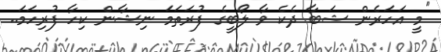
"މީ އަހަރެން ޝަބާ ދެކެ ވާ ލޯބީގެ ފުރަތަމަ ނިޝާން ކިހާ ފުރިހަމަ..